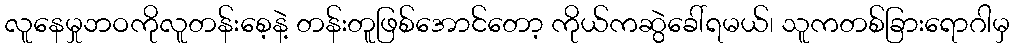
လူနေမှုဘဝကိုလူတန်းစေ့နဲ့ တန်းတူဖြစ်အောင်တော့ ကိုယ်ကဆွဲခေါ်ရမယ်၊ သူကတစ်ခြားရောဂါမှ